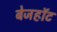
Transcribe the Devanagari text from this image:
बेजहॉट